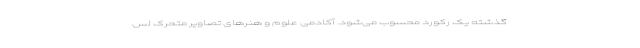
گذشته یک رکورد محسوب می‌شود. آکادمی علوم و هنرهای تصاویر متحرک لس